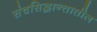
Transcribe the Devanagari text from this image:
संचसिद्धान्तातील